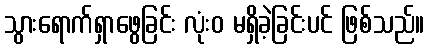
သွားရောက်ရှာဖွေခြင်း လုံးဝ မရှိခဲ့ခြင်းပင် ဖြစ်သည်။